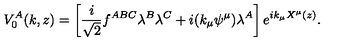
V _ { 0 } ^ { A } ( k , z ) = \left[ \frac { i } { \sqrt { 2 } } f ^ { A B C } \lambda ^ { B } \lambda ^ { C } + i ( k _ { \mu } \psi ^ { \mu } ) \lambda ^ { A } \right] e ^ { i k _ { \mu } X ^ { \mu } ( z ) } .